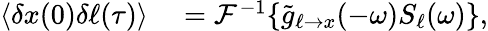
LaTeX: \begin{array}{rl}{\langle\delta x(0)\delta\ell(\tau)\rangle}&{{}=\mathcal{F}^{-1}\{ \tilde{g}_{\ell\to x}(-\omega)S_{\ell}(\omega)\} ,}\end{array}